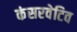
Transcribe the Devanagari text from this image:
कंसरवेटिव